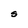
Character: S